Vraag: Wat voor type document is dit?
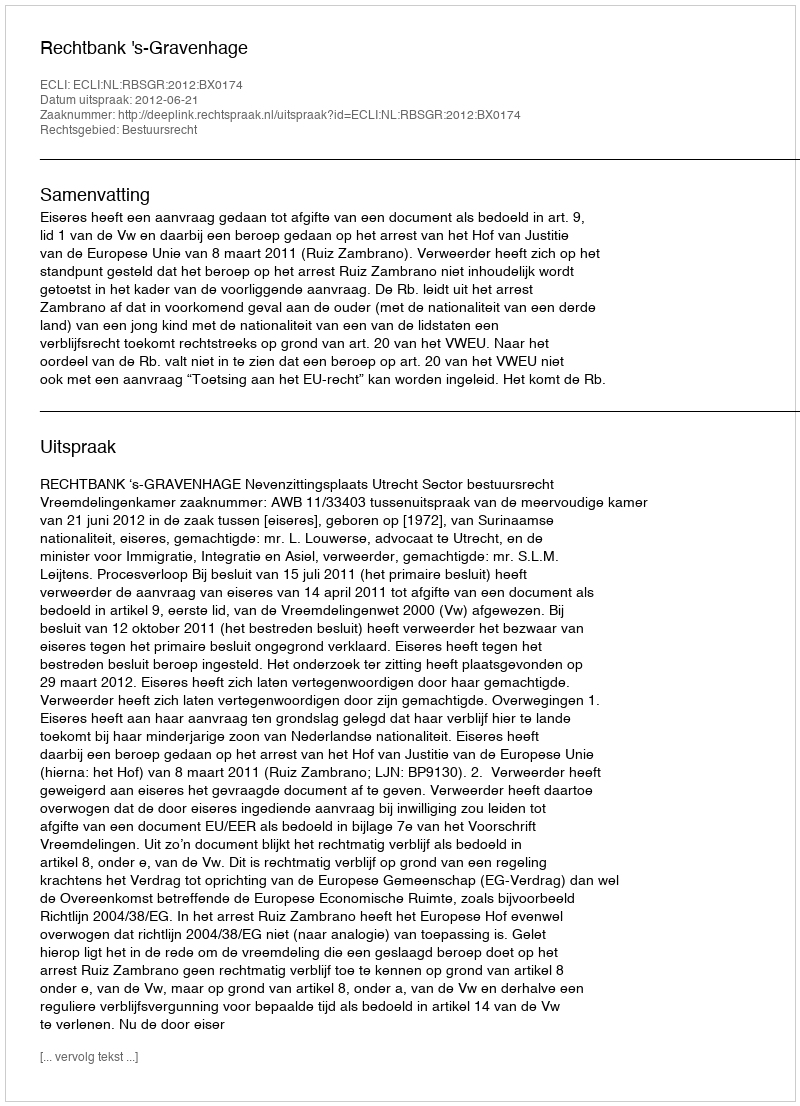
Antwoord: Uitspraak